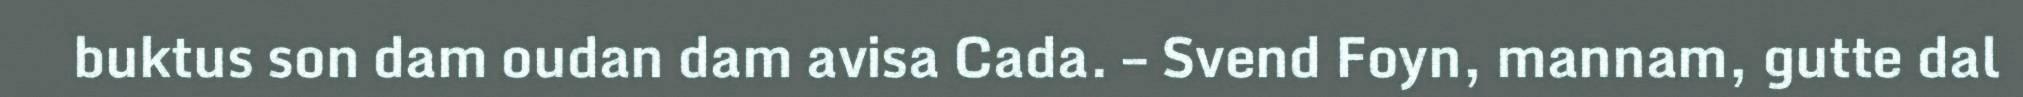
buktus son dam oudan dam avisa Cada. – Svend Foyn, mannam, gutte dal